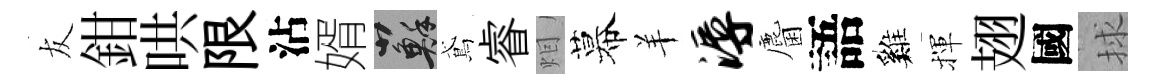
友鉗哄限沾婿蘇鳶睿𤇆幕羊溽麕語巍揮翅國捄